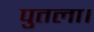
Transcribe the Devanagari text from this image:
पुतला।